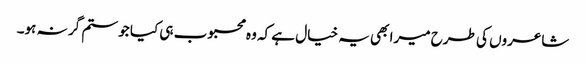
شاعروں کی طرح میرا بھی یہ خیال ہے کہ وہ محبوب ہی کیا جو ستم گر نہ ہو۔